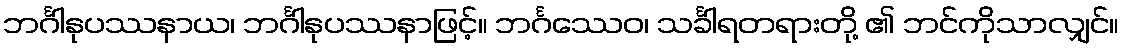
ဘင်္ဂါနုပဿနာယ၊ ဘင်္ဂါနုပဿနာဖြင့်။ ဘင်္ဂဿေဝ၊ သင်္ခါရတရားတို့ ၏ ဘင်ကိုသာလျှင်။